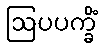
ဩပပက္ခိံ